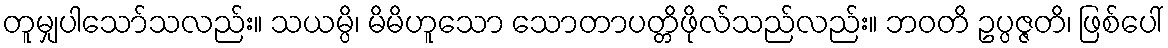
တူမျှပါသော်သလည်း။ သယမ္ပိ၊ မိမိဟူသော သောတာပတ္တိဖိုလ်သည်လည်း။ ဘဝတိ ဥပ္ပဇ္ဇတိ၊ ဖြစ်ပေါ်